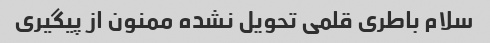
سلام باطری قلمی تحویل نشده ممنون از پیگیری